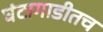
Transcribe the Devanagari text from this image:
घंटागाडीतच